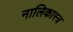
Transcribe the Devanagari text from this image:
नालिकास्‍त्र